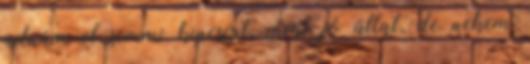
adnám el semmi kincsért, mert jó állat, de nekem